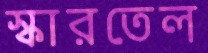
স্কারতেল